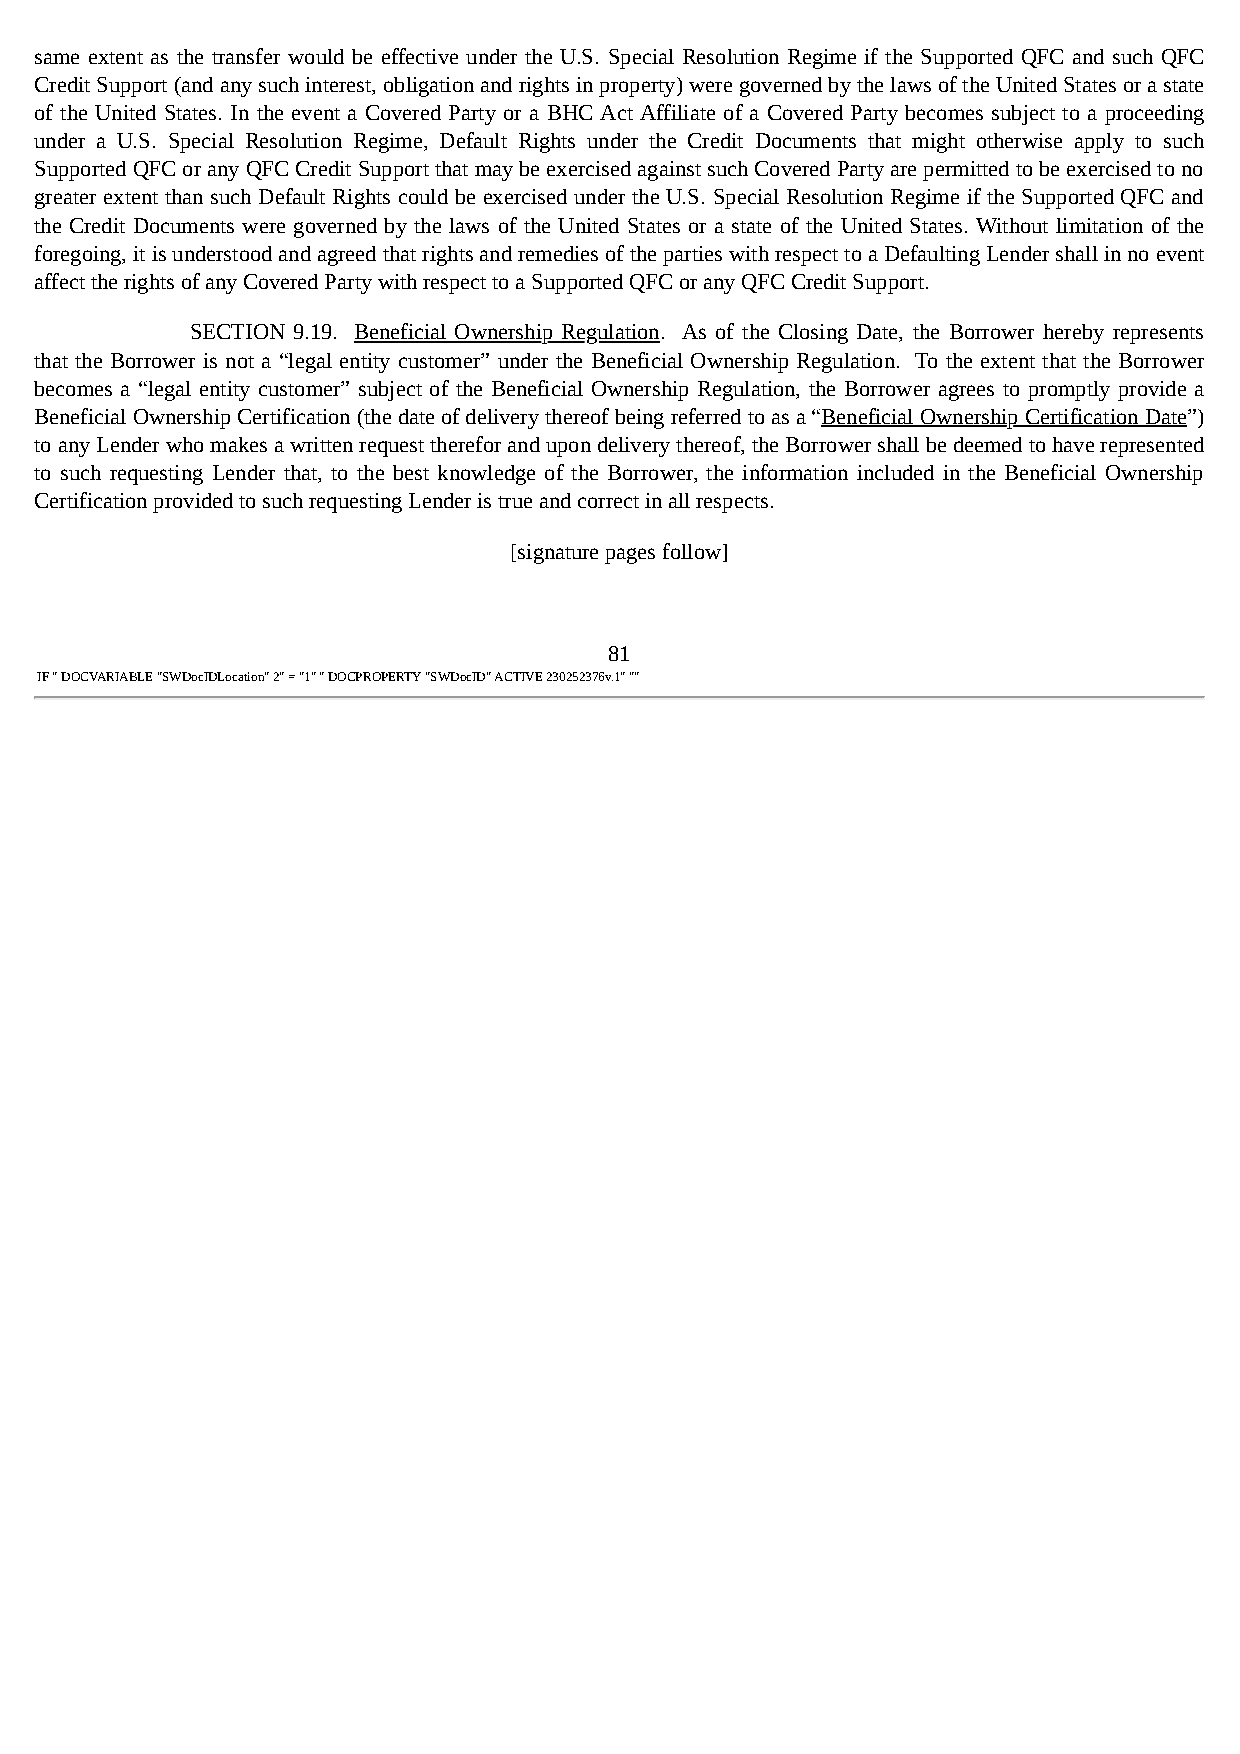
same extent as the transfer would be effective under the U.S. Special Resolution Regime if the Supported QFC and such QFC
 Credit Support (and any such interest, obligation and rights in property) were governed by the laws of the United States or a state
 of the United States. In the event a Covered Party or a BHC Act Affiliate of a Covered Party becomes subject to a proceeding
 under a U.S. Special Resolution Regime, Default Rights under the Credit Documents that might otherwise apply to such
 Supported QFC or any QFC Credit Support that may be exercised against such Covered Party are permitted to be exercised to no
 greater extent than such Default Rights could be exercised under the U.S. Special Resolution Regime if the Supported QFC and
 the Credit Documents were governed by the laws of the United States or a state of the United States. Without limitation of the
 foregoing, it is understood and agreed that rights and remedies of the parties with respect to a Defaulting Lender shall in no event
 affect the rights of any Covered Party with respect to a Supported QFC or any QFC Credit Support.
 SECTION 9.19. Beneficial Ownership Regulation. As of the Closing Date, the Borrower hereby represents
 that the Borrower is not a “legal entity customer” under the Beneficial Ownership Regulation. To the extent that the Borrower
 becomes a “legal entity customer” subject of the Beneficial Ownership Regulation, the Borrower agrees to promptly provide a
 Beneficial Ownership Certification (the date of delivery thereof being referred to as a “Beneficial Ownership Certification Date”)
 to any Lender who makes a written request therefor and upon delivery thereof, the Borrower shall be deemed to have represented
 to such requesting Lender that, to the best knowledge of the Borrower, the information included in the Beneficial Ownership
 Certification provided to such requesting Lender is true and correct in all respects.
 [signature pages follow]
 81
 IF " DOCVARIABLE "SWDocIDLocation" 2" = "1" " DOCPROPERTY "SWDocID" ACTIVE 230252376v.1" ""